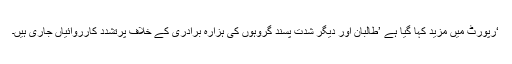
‘رپورٹ میں مزید کہا گیا ہے ’طالبان اور دیگر شدت پسند گروہوں کی ہزارہ برادری کے خلاف پرتشدد کارروائیاں جاری ہیں۔